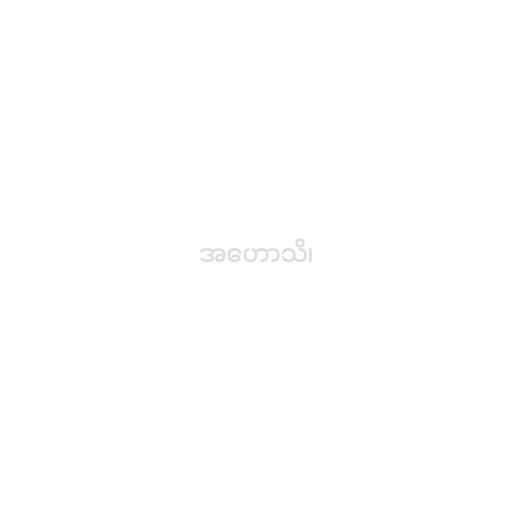
အဟောသိ၊